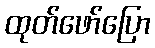
ထုတ်ဖော်ပြော